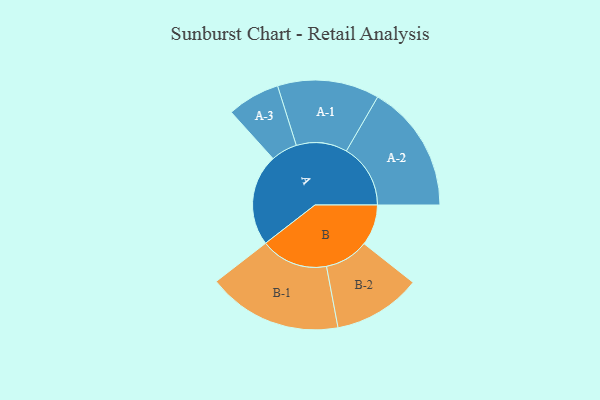
{"axis": {"x": "Segment", "y": "Value"}, "legend": ["", "A", "B"], "data": [{"x": "A", "y": 396, "type": ""}, {"x": "B", "y": 177, "type": ""}, {"x": "A-1", "y": 220, "type": "A"}, {"x": "A-2", "y": 277, "type": "A"}, {"x": "A-3", "y": 114, "type": "A"}, {"x": "B-1", "y": 291, "type": "B"}, {"x": "B-2", "y": 190, "type": "B"}]}